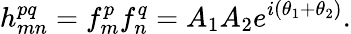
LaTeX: h_{mn}^{pq}=f_{m}^{p}f_{n}^{q}=A_{1}A_{2}e^{i(\theta_{1}+\theta_{2})}.